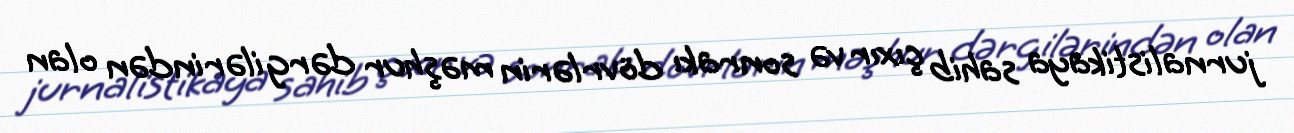
jurnalistikaya sahib çıxır və sonrakı dövrlərin məşhur dərgilərindən olan